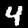
Label: 4